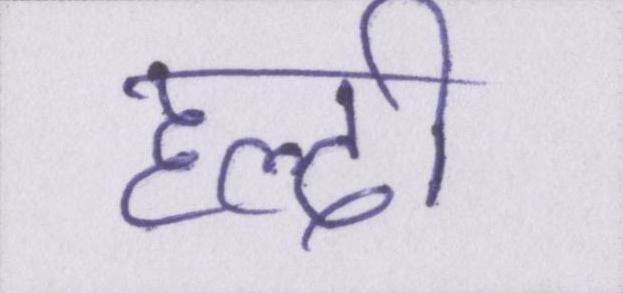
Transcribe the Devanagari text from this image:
हल्दी